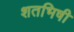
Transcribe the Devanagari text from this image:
शतभिषी